Leaving Certificate Examination (including Day School Certificate (Higher) General paper), 1938
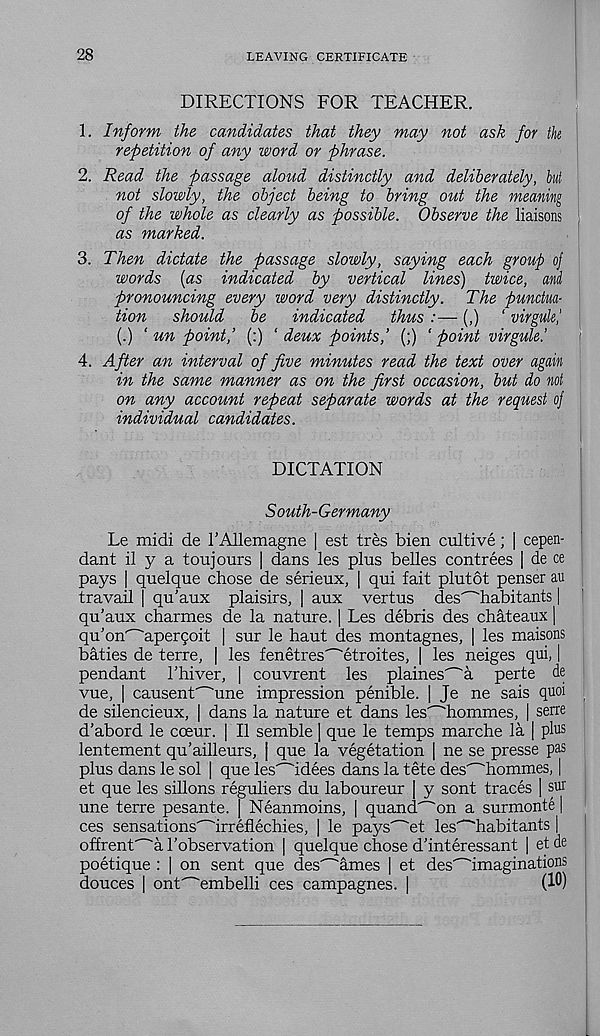
28
LEAVING CERTIFICATE
DIRECTIONS FOR TEACHER.
1. Inform the candidates that they may not ask for the
repetition of any word or phrase.
2. Read the passage aloud distinctly and deliberately, hut
not slowly, the object being to bring out the meaning
of the whole as clearly as possible. Observe the liaisons
as marked.
3. Then dictate the passage slowly, saying each group oj
words {as indicated by vertical lines) twice, ami
pronouncing every word very distinctly. The punctua-
tion should be indicated thus :— (,) ' virguk,'
(.) ‘ un point,’ (:) ‘ deux points,’ (;) ‘point virgule.'
4. After an interval of five minutes read the text over again
in the same manner as on the first occasion, but do not
on any account repeat separate words at the request oj
individual candidates.
DICTATION
South-Germany
Le midi de I’AHemagne | est tres bien cultive; | cepen-
dant il y a toujours | dans les plus belles contrees | de ce
pays | quelque chose de serieux, | qui fait plutot penser au
travail | qu’aux plaisirs, | aux vertus des^habitants |
qu’aux charmes de la nature. | Les debris des chateaux |
qu’on^apergoit | sur le haut des montagnes, | les maisons
baties de terre, | les fenetres' _ "etroites, | les neiges qui, |
pendant 1’hiver, | couvrent les plaines^a perte de
vue, | causent^une impression penible. | Je ne sais quoi
de silencieux, | dans la nature et dans les^hommes, | serre
d’abord le coeur. | II semble | que le temps marche la | plus
lentement qu’ailleurs, | que la vegetation | ne se presse pas
plus dans le sol | que les^idees dans la tete des^hommes, |
et que les sillons reguliers du laboureur | y sont traces | sur
une terre pesante. | Neanmoins, | quand^on a surmonte |
ces sensations^irreflechies, | le pays^et les" - 'habitants |
offrent^a 1’observation | quelque chose d'interessant | et de
poetique : | on sent que des^ames | et des^imaginations
douces | onf'embelli ces campagnes. |
(1®)